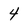
Character: 4